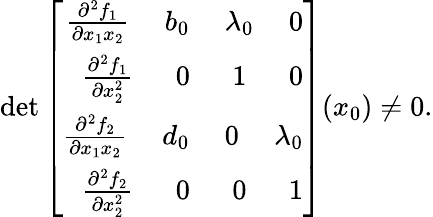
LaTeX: \operatorname*{det}\left[\begin{array}{r}{\frac{\partial^{2}f_{1}}{\partial x_{1}x_{2}}\ \ \ \ \ b_{0}\ \ \ \ \ \lambda_{0}\ \ \ \ \ 0}\\ {\frac{\partial^{2}f_{1}}{\partial x_{2}^{2}}\ \ \ \ \ \ 0\ \ \ \ \ \ 1\ \ \ \ \ \ 0}\\ {\frac{\partial^{2}f_{2}}{\partial x_{1}x_{2}}\ \ \ \ \ d_{0}\ \ \ \ \ 0\ \ \ \ \ \lambda_{0}}\\ {\frac{\partial^{2}f_{2}}{\partial x_{2}^{2}}\ \ \ \ \ \ 0\ \ \ \ \ \ 0\ \ \ \ \ \ 1}\end{array}\right]({x_{0}})\ne 0.